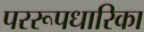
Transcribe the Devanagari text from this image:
पररूपधारिका